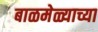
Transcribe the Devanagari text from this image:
बाळमेळ्याच्या